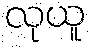
လုယူ